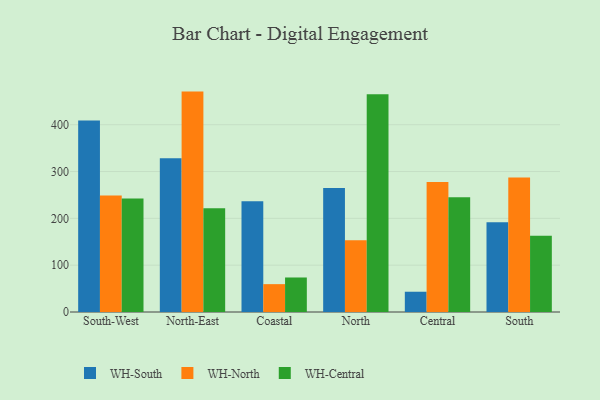
{"axis": {"x": "Region", "y": "Gross Profit (USD K)"}, "legend": ["WH-Central", "WH-North", "WH-South"], "data": [{"x": "South-West", "y": 408.8, "type": "WH-South"}, {"x": "South-West", "y": 248.6, "type": "WH-North"}, {"x": "South-West", "y": 242.5, "type": "WH-Central"}, {"x": "North-East", "y": 328.3, "type": "WH-South"}, {"x": "North-East", "y": 470.7, "type": "WH-North"}, {"x": "North-East", "y": 221.7, "type": "WH-Central"}, {"x": "Coastal", "y": 236.6, "type": "WH-South"}, {"x": "Coastal", "y": 59.5, "type": "WH-North"}, {"x": "Coastal", "y": 73.7, "type": "WH-Central"}, {"x": "North", "y": 264.8, "type": "WH-South"}, {"x": "North", "y": 153.3, "type": "WH-North"}, {"x": "North", "y": 465.0, "type": "WH-Central"}, {"x": "Central", "y": 43.3, "type": "WH-South"}, {"x": "Central", "y": 277.5, "type": "WH-North"}, {"x": "Central", "y": 245.2, "type": "WH-Central"}, {"x": "South", "y": 191.8, "type": "WH-South"}, {"x": "South", "y": 287.3, "type": "WH-North"}, {"x": "South", "y": 163.1, "type": "WH-Central"}]}